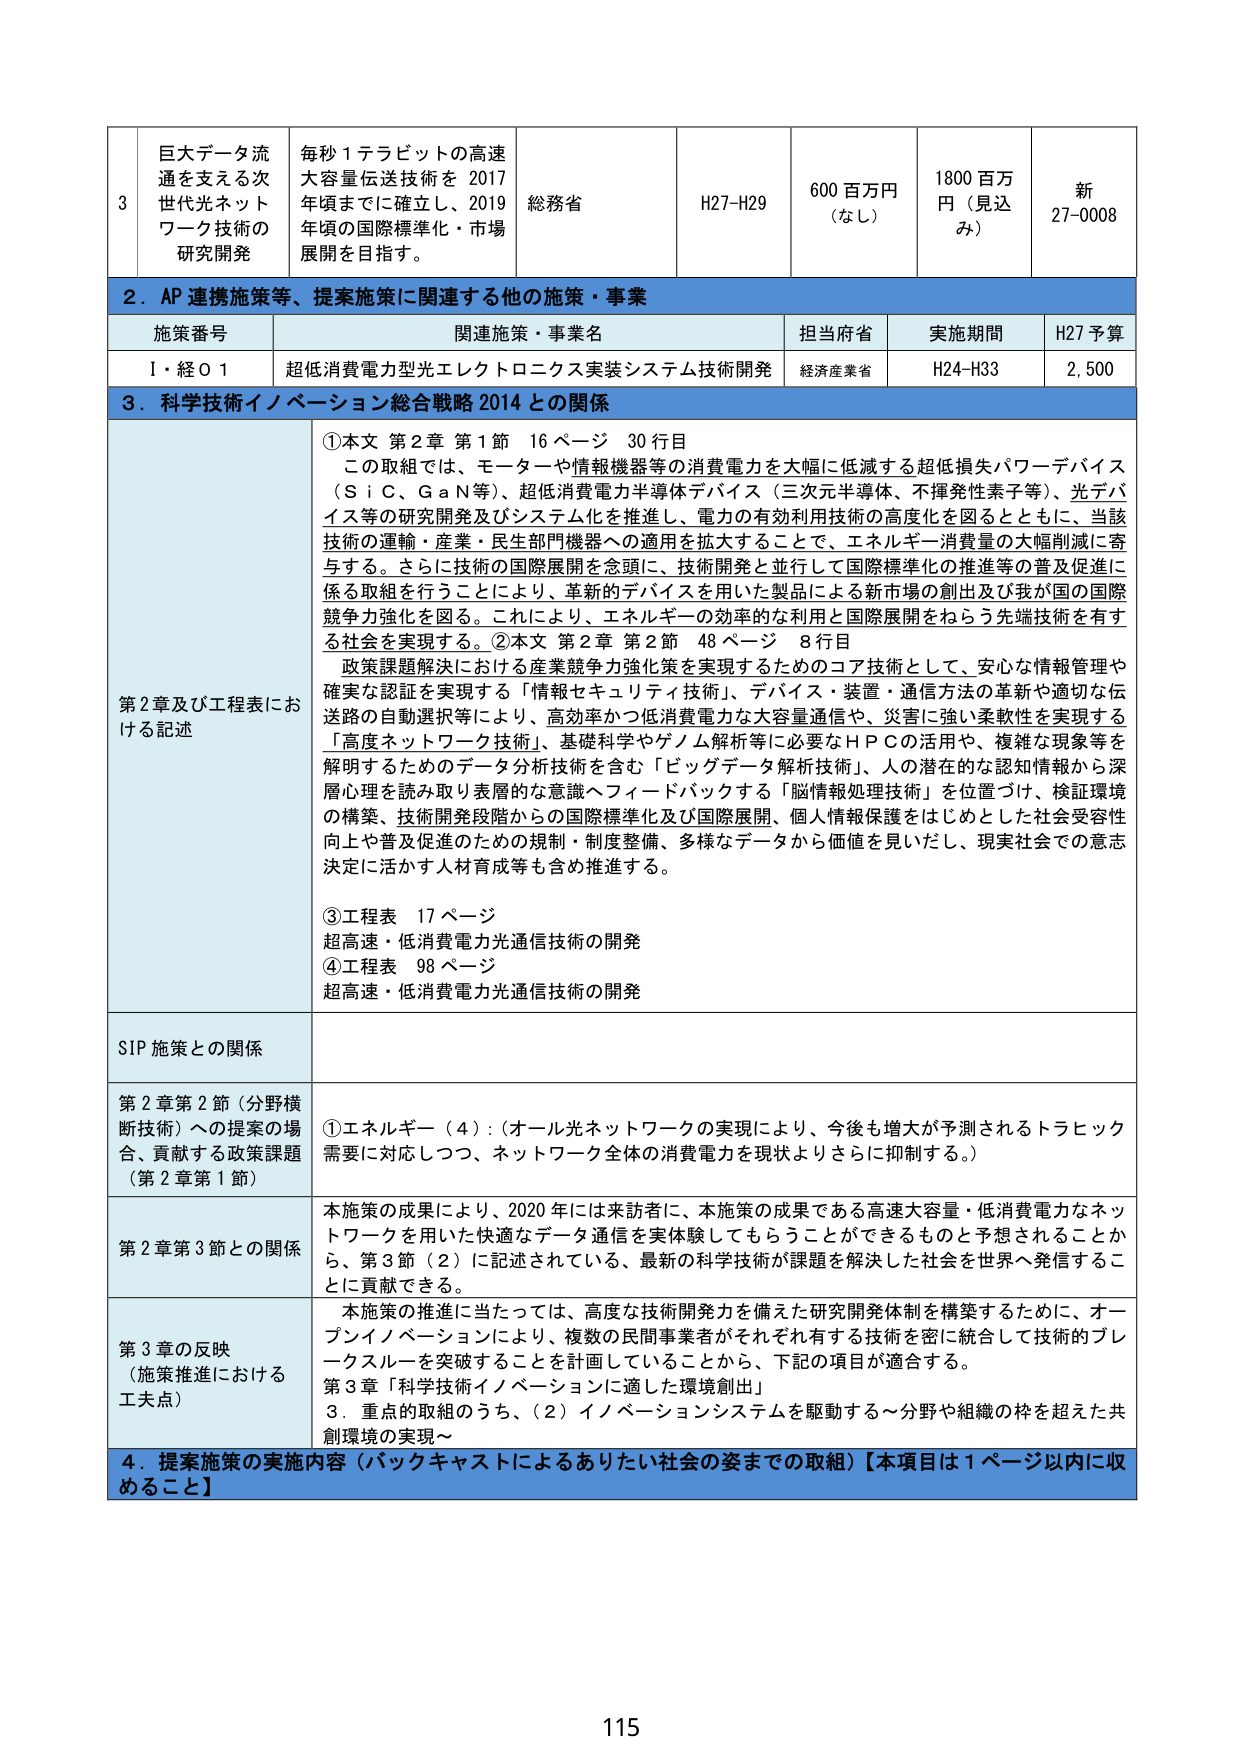
3 巨大データ流通を支える次世代光ネットワーク技術の研究開発 毎秒1テラビットの高速大容量伝送技術を2017年頃までに確立し、2019年頃の国際標準化・市場展開を目指す。 総務省 H27-H29 600百万円（なし） 1800百万円（見込み） 新27-0008

2．AP連携施策等、提案施策に関連する他の施策・事業

施策番号 関連施策・事業名 担当府省 実施期間 H27予算
Ⅰ・経01 超低消費電力型光エレクトロニクス実装システム技術開発 経済産業省 H24-H33 2,500

3．科学技術イノベーション総合戦略2014との関係

第2章及び工程表における記述 ①本文 第2章 第1節 16ページ 30行目 この取組では、モーターや情報機器等の消費電力を大幅に低減する超低損失パワーデバイス（SiC、GaN等）、超低消費電力半導体デバイス（三次元半導体、不揮発性素子等）、光デバイス等の研究開発及びシステム化を推進し、電力の有効利用技術の高度化を図るとともに、当該技術の運輸・産業・民生部門機器への適用を拡大することで、エネルギー消費量の大幅削減に寄与する。さらに技術の国際展開を念頭に、技術開発と並行して国際標準化の推進等の普及促進に係る取組を行うことにより、革新的デバイスを用いた製品による新市場の創出及び我が国の国際競争力強化を図る。これにより、エネルギーの効率的な利用と国際展開をねらう先端技術を有する社会を実現する。②本文 第2章 第2節 48ページ 8行目 政策課題解決における産業競争力強化策を実現するためのコア技術として、安心な情報管理や確実な認証を実現する「情報セキュリティ技術」、デバイス・装置・通信方法の革新や適切な伝送路の自動選択等により、高効率かつ低消費電力な大容量通信や、災害に強い柔軟性を実現する「高度ネットワーク技術」、基礎科学やゲノム解析等に必要なHPCの活用や、複雑な現象等を解明するためのデータ分析技術を含む「ビッグデータ解析技術」、人の潜在的な認知情報から深層心理を読み取り表層的な意識へフィードバックする「脳情報処理技術」を位置づけ、検証環境の構築、技術開発段階からの国際標準化及び国際展開、個人情報保護をはじめとした社会受容性向上や普及促進のための規制・制度整備、多様なデータから価値を見いだし、現実社会での意思決定に活かす人材育成等も含め推進する。 ③工程表 17ページ 超高速・低消費電力光通信技術の開発 ④工程表 98ページ 超高速・低消費電力光通信技術の開発

SIP施策との関係

第2章第2節（分野横断技術）への提案の場合、貢献する政策課題（第2章第1節） ①エネルギー（4）：（オール光ネットワークの実現により、今後も増大が予測されるトラフィック需要に対応しつつ、ネットワーク全体の消費電力を現状よりさらに抑制する。）

第2章第3節との関係 本施策の成果により、2020年には来訪者に、本施策の成果である高速大容量・低消費電力なネットワークを用いた快適なデータ通信を実体験してもらうことができるものと予想されることから、第3節（2）に記述されている、最新の科学技術が課題を解決した社会を世界へ発信することに貢献できる。

第3章の反映（施策推進における工夫点） 本施策の推進に当たっては、高度な技術開発力を備えた研究開発体制を構築するために、オープンイノベーションにより、複数の民間事業者がそれぞれ有する技術を密に統合して技術的ブレークスルーを突破することを計画していることから、下記の項目が適合する。 第3章「科学技術イノベーションに適した環境創出」 3．重点の取組のうち、（2）イノベーションシステムを駆動する～分野や組織の枠を超えた共創環境の実現～

4．提案施策の実施内容（バックキャストによるありたい社会の姿までの取組）【本項目は1ページ以内に収めること】

115